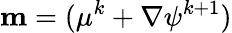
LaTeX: \mathbf{m}=(\mathbf{\mu}^{k}+\nabla\psi^{k+1})